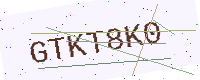
Text: GTKT8K0